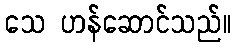
သေ ဟန်ဆောင်သည်။